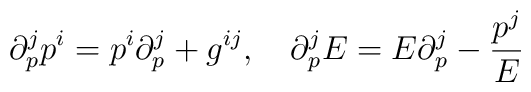
\partial_p^j p^i = p^i \partial^j_p + g^{ij},\quad  \partial_p^j E = E \partial_p^j - \frac{p^j}{E}